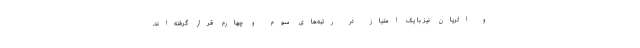
و الریان نیز با یک امتیاز در رتبه‌های سوم و چهارم قرار گرفته‌اند.